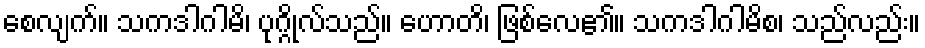
စေလျက်။ သကဒါဂါမိ၊ ပုဂ္ဂိုလ်သည်။ ဟောတိ၊ ဖြစ်လေ၏။ သကဒါဂါမိစ၊ သည်လည်း။